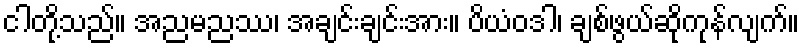
ငါတို့သည်။ အညမညဿ၊ အချင်းချင်းအား။ ပိယံဝဒါ၊ ချစ်ဖွယ်ဆိုကုန်လျက်။